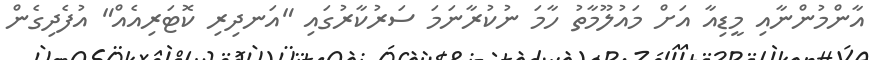
އާންމުންނާއި މީޑިއާ އަށް މައުލޫމާތު ހާމަ ނުކުރާނަމަ ސަރުކާރުގައި "އަނދިރި ކޮޓަރިއެއް" އުފެދިގެން